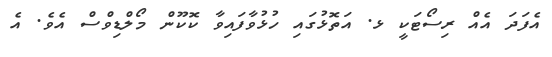
އެފަދަ އެއް ރިސޯޓަކީ ޅ. އަތޮޅުގައި ހުޅުވާފައިވާ ކޮކޫން މޯލްޑިވްސް އެވެ. އެ